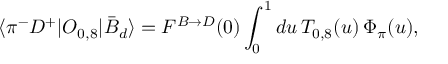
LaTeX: \langle \pi ^ { - } D ^ { + } | O _ { 0 , 8 } | \bar { B } _ { d } \rangle = F ^ { B \to D } ( 0 ) \int _ { 0 } ^ { 1 } d u \, T _ { 0 , 8 } ( u ) \, \Phi _ { \pi } ( u ) ,